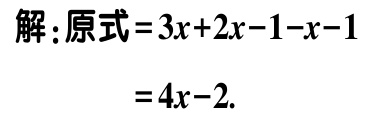
解：原式\(=3x + 2x - 1 - x - 1\)

\(=4x - 2\).